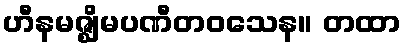
ဟီနမဇ္ဈိမပဏီတဝသေန။ တထာ